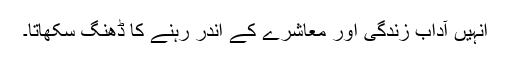
انہیں آدابِ زندگی اور معاشرے کے اندر رہنے کا ڈھنگ سکھاتا۔